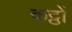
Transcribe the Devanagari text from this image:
कट्ठों